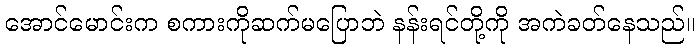
အောင်မောင်းက စကားကိုဆက်မပြောဘဲ နန်းရင်တို့ကို အကဲခတ်နေသည်။